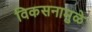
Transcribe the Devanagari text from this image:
विकसनामुळे